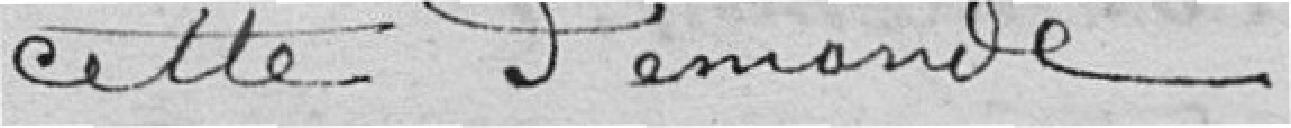
cette demande.